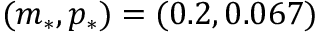
( m _ { * } , p _ { * } ) = ( 0 . 2 , 0 . 0 6 7 )